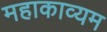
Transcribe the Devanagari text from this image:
महाकाव्यम